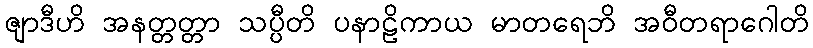
ဇျာဒီဟိ အနတ္တတ္တာ သပ္ပီတိ ပနာဠိကာယ မာတရေဘိ အဝီတရာဂေါတိ